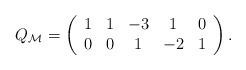
LaTeX: \begin{align*}Q_{\cal M}=\left(\begin{array}{ccccc} 1& 1&-3& 1& 0 \\ 0& 0& 1&-2& 1\end{array}\right).\end{align*}